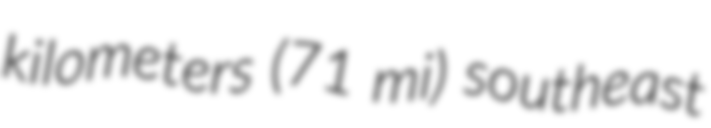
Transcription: kilometers (71 mi) southeast